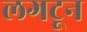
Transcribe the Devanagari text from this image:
लगटून